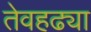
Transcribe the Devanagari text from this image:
तेवहढ्या